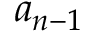
a _ { n - 1 }